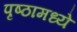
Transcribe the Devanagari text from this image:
पृष्ठामध्ये